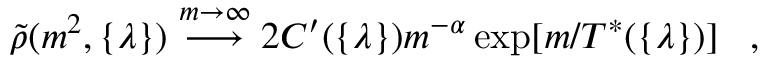
\tilde { \rho } ( m ^ { 2 } , \{ \lambda \} ) \stackrel { m \rightarrow \infty } { \longrightarrow } 2 C ^ { \prime } ( \{ \lambda \} ) m ^ { - \alpha } \exp [ m / T ^ { * } ( \{ \lambda \} ) ] \; \; \; ,